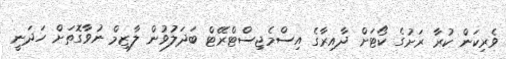
ވެރިކަން ކުރާ ރަށުގެ ކޯޓަށް ދާއިރާގެ އިސްމެޖިސްޓްރޭޓް ބަދަލުވުން ލާޒިމް ނުވާގޮތަށް ހަދަނީ